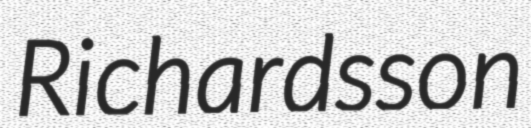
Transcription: Richardsson